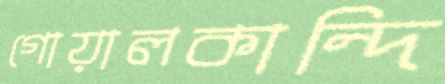
গোয়ালকান্দি